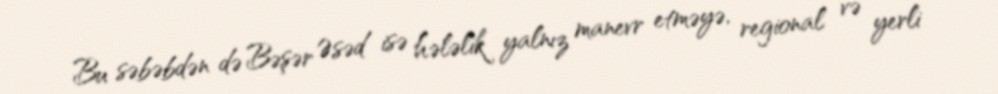
Bu səbəbdən də Bəşər Əsəd isə hələlik yalnız manevr etməyə, regional və yerli